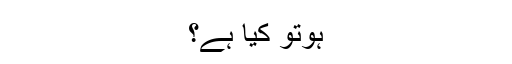
ہوتو کیا ہے؟